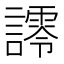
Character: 𮘿